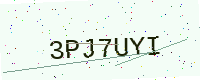
Text: 3PJ7UYI